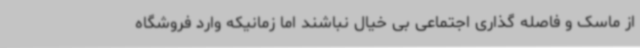
از ماسک و فاصله گذاری اجتماعی بی خیال نباشند اما زمانیکه وارد فروشگاه